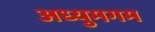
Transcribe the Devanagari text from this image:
अध्युमगम